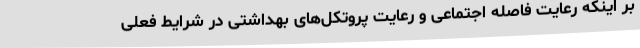
بر اینکه رعایت فاصله اجتماعی و رعایت پروتکل‌های بهداشتی در شرایط فعلی